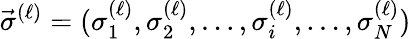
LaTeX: \vec{\sigma}^{(\ell)}=(\sigma_{1}^{(\ell)},\sigma_{2}^{(\ell)},\ldots,\sigma_{i}^{(\ell)},\ldots,\sigma_{N}^{(\ell)})